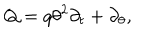
LaTeX: Q = q \theta ^ { 2 } \partial _ { t } + \partial _ { \theta } ,